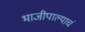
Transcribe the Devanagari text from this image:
भाजीपाल्याचं